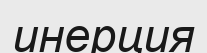
инерция